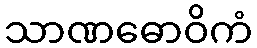
သာဏဓောဝိကံ